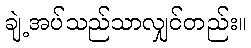
ချဲ့အပ်သည်သာလျှင်တည်း။